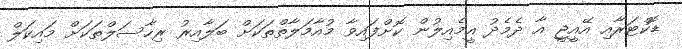
ޑޮކްޓަރާއި އޭއީޖީ އާ ދެމެދު އީމެއިލުން ކޮށްފައިވާ މުއާމަލާތްތަކަށް ބަލާއިރު ރިހާސަލްތަކަށް މައިކަލް